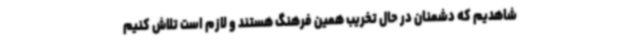
شاهدیم که دشمنان در حال تخریب همین فرهنگ هستند و لازم است تلاش کنیم